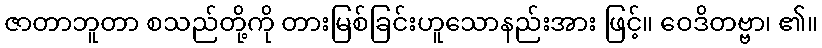
ဇာတာဘူတာ စသည်တို့ကို တားမြစ်ခြင်းဟူသောနည်းအား ဖြင့်။ ဝေဒိတဗ္ဗာ၊ ၏။